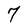
Character: 7